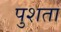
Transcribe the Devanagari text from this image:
पुशता